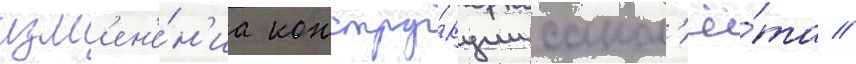
изм'ен'е́н'иа констру́кции самол'ё́та //